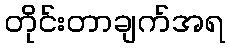
တိုင်းတာချက်အရ